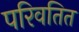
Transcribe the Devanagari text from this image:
परिवतित